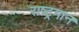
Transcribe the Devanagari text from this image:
राष्‍ट्रगान